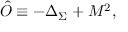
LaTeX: \hat { O } \equiv - \Delta _ { \Sigma } + M ^ { 2 } ,